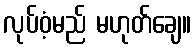
လုပ်ဝံ့မည် မဟုတ်ချေ။